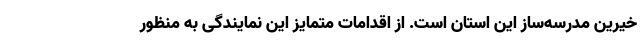
خیرین مدرسه‌ساز این استان است. از اقدامات متمایز این نمایندگی به منظور